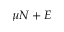
\mu N + E